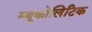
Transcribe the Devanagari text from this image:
म्यूकोलिटिक